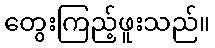
တွေးကြည့်ဖူးသည်။